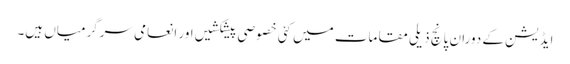
ایڈیشن کے دوران پانچ ذیلی مقامات میں کئی خصوصی پیشکشیں اور انعامی سرگرمیاں ہیں۔